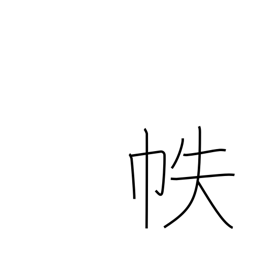
Meaning: Japanese book cover